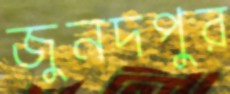
জুনদপুর